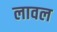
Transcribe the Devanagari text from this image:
लावल